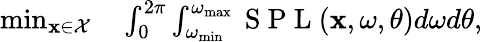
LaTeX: \begin{array}{rl}{\operatorname*{min}_{\mathbf{x}\in\mathcal{X}}}&{{}\int_{0}^{2\pi}\int_{\omega_{\operatorname*{min}}}^{\omega_{\operatorname*{max}}}\mathrm{~S~P~L~}(\mathbf{x},\omega,\theta)d\omega d\theta,}\end{array}